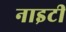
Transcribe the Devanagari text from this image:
नाइटी